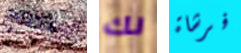
الإفصاح لك فرشاة